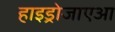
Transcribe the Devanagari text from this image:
हाइड्रोजाएआ